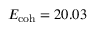
E _ { \mathrm { c o h } } = 2 0 . 0 3